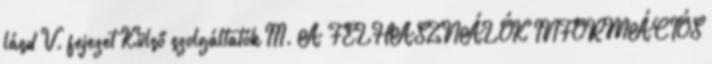
lásd V. fejezet Külső szolgáltatók III. A FELHASZNÁLÓK INFORMÁCIÓS